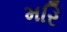
મરિ